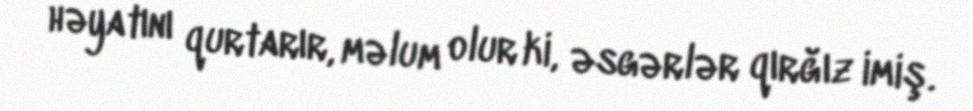
həyatını qurtarır, məlum olur ki, əsgərlər qırğız imiş.